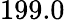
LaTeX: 199.0